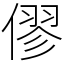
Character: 僇